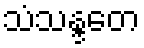
သံသန္ဒတေ